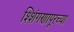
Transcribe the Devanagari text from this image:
श्शिंगणापूरच्या